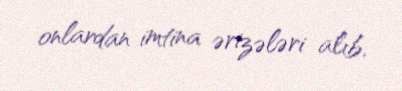
onlardan imtina ərizələri alıb.